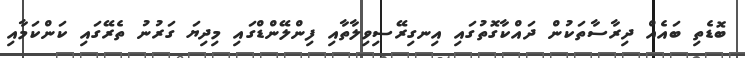
ބޮޑެތި ބައެއް ދިރާސާތަކުން ދައްކާގޮތުގައި އިނގިރޭސިވިލާތާއި ފިންލޭންޑްގައި މިދިޔަ ގަރުނު ތެރޭގައި ކަންކަމާއި